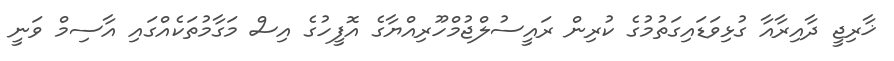
ޚާރިޖީ ދާއިރާއާ ގުޅިވަޑައިގަތުމުގެ ކުރިން ރައީސުލްޖުމްހޫރިއްޔާގެ އޮފީހުގެ އިސް މަގާމުތަކެއްގައި އާސިމް ވަނީ